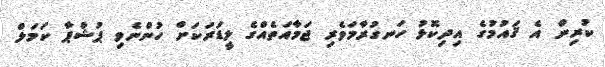
ކުރިން އެ ޤައުމުގެ އިދިކޮޅު ހަނގުރާމަވެރި ޖަމާއަތެއްގެ ލީޑަރަކަށް ހުންނެވި ޕުޝްޕާ ކަމަލް